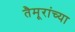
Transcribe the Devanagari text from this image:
तैमूरांच्या